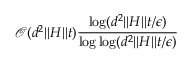
\mathcal { O } ( d ^ { 2 } \vert \vert H \vert \vert t ) \frac { \log ( d ^ { 2 } \vert \vert H \vert \vert t / \epsilon ) } { \log \log ( d ^ { 2 } \vert \vert H \vert \vert t / \epsilon ) }